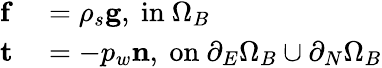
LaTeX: \begin{array}{rl}{\mathbf{f}}&{{}=\rho_{s}\mathbf{g},\ \mathrm{in}\ \Omega_{B}}\\ {\mathbf{t}}&{{}=-p_{w}\mathbf{n},\ \mathrm{on}\ \partial_{E}\Omega_{B}\cup\partial_{N}\Omega_{B}}\end{array}